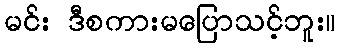
မင်း ဒီစကားမပြောသင့်ဘူး။